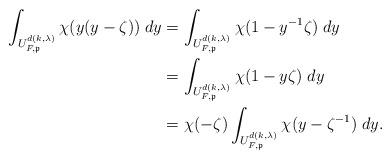
LaTeX: \begin{align*}\int_{U^{d(k,\lambda)}_{F,\mathfrak{p}}}\chi(y ( y - \zeta )) \; dy& = \int_{U^{d(k,\lambda)}_{F,\mathfrak{p}}}\chi(1- y^{-1}\zeta )\; dy\\& = \int_{U^{d(k,\lambda)}_{F,\mathfrak{p}}}\chi(1- y\zeta )\; dy\\& = \chi(-\zeta) \int_{U^{d(k,\lambda)}_{F,\mathfrak{p}}}\chi(y - \zeta^{-1})\; dy.\end{align*}